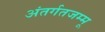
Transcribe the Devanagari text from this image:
अंतर्गतजम्मू